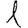
Digit: 1